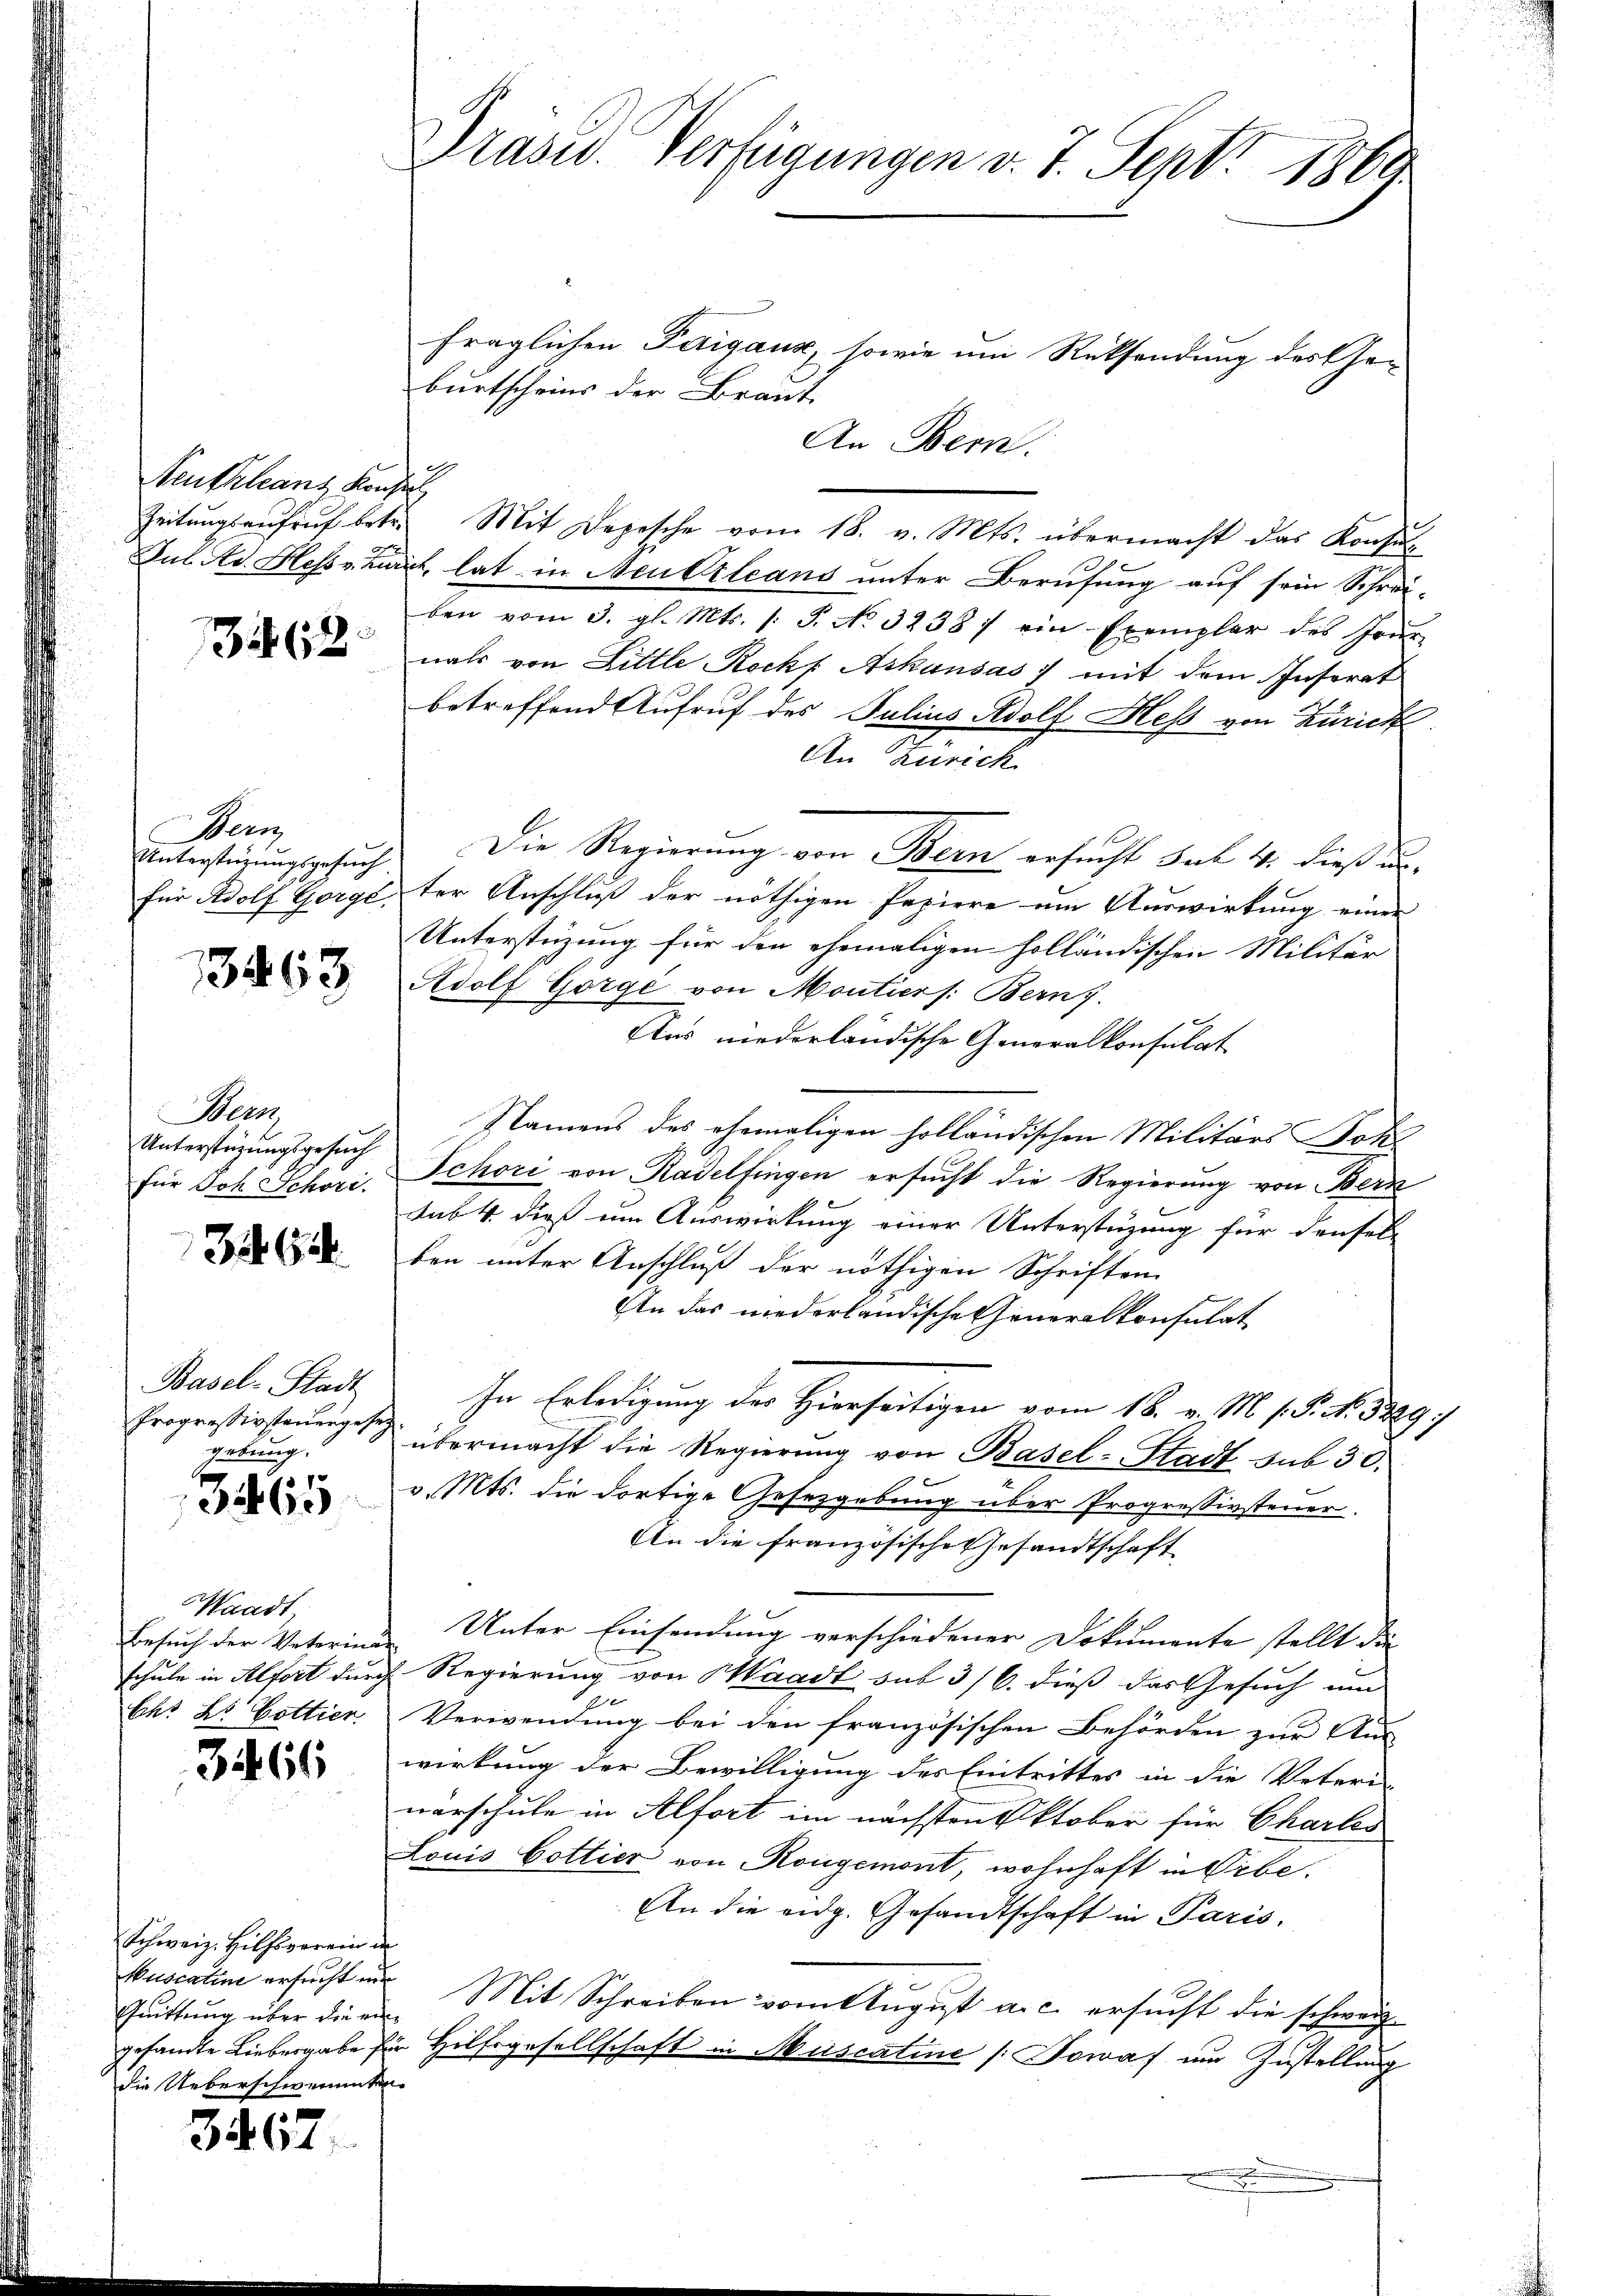
Neutzlanz Konsul

362.

Bern

13463

Bern,
Unterstüzungsgesuch

35. 62

Basel-Stadt
Progressivsteuergeset
gebung.

3465

Waadt
Besuch der Veterin
Ch. L. Cottier

3466

Schweiz. Hilfsverein in
Gruttung über die eindie Ueberschwemmten

3467.

fraglichen Feigaux, sowie um Rücksendung des Ge-
burtscheins der Braut
An Bern.
Zeitungsaufruf betr. Mit Depesche vom 18. v. Mts. übermacht das Konsu
Jul. Ad. Hesse Zuret, hat in Neukrleans unter Berufung auf sein Schrei-
ben vom 3. gl. Mts. (: S. No 32387 ein Exemplar des Jour-
nals von Little Rockf Ackausas) mit dem Insorat
betreffend Aufruf des Julius Adolf Heß von Zürich
An Zürich
Unterstörungsgesuch. Die Regierung von Bern ersucht Sah 4. dieß e
für Adolf Gorgé, der Anschluß der nöthigen Papiere am Auswirkung einer
Unterstüzung für den ehemaligen holländischen Militär-
Adolf Gorge von Moutiers: Bern).
Aus niederländische Generalkonsulat
Namens des ehemaligen holländischen Militärs Sch
für Joh. Schori, Schori von Radelfingen ersucht die Regierung von Bern
sub. 4. dieß um Auswirkung einer Unterstüzung für densel-
ben unter Anschluß der nöthigen Schriften
An das niederländische Generalkonsulat
In Erledigung des Hierseitigen vom 18. v. M. s. S. No. 5229)
übermacht die Regierung von Basel-Stadt sub 30.
v. Mts. die dortige Gesetzgebung über Progressivsteuer.
An die französische Gesandtschaft
Unter Einsendung verschiedener Dokumente stellt die
t
schule in Alfort durch Regierung von Waadt sub 3/6. dieß das Gesuch um
e
Verwendung bei den französischen Behörden zur Aus-
wirkung der Bewilligung des Eintrittes in die Veteri-
nürschule in Alfort im nächsten Oktober für Charlos
Louis Cottier von Kongemont, wohnhaft in Tibe.
An die eidg. Gesandtschaft in Paris,
kuscaline ersucht und Mit Schreiben vom August a. c. ersucht die schweiz.
gesandte Liebergabe für Hilfsgesellschaft in Miscatine / Sowaf um Zustellung
¬

Prasw. Verfügungen v. 7. Sept. 1860